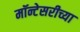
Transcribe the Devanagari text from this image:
मॉन्टेसरीच्या